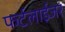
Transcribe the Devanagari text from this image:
फर्टलाईजर